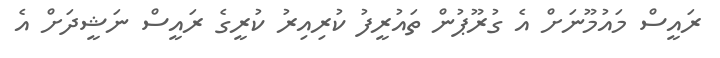
ރައީސް މައުމޫނަށް އެ ގުރޫޕުން ތައުރީފު ކުރިއިރު ކުރީގެ ރައީސް ނަޝީދަށް އެ